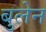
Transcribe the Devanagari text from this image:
बुलेन